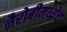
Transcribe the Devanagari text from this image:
नैरोबीमध्येच